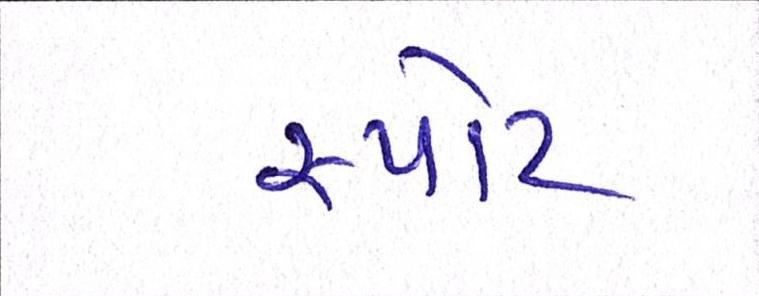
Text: સ્પોટ